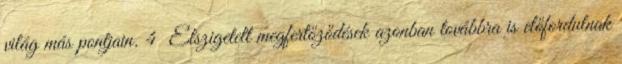
világ más pontjain. 4 Elszigetelt megfertőződések azonban továbbra is előfordulnak